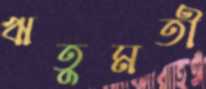
ঋতুমতী